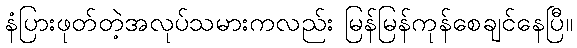
နံပြားဖုတ်တဲ့အလုပ်သမားကလည်း မြန်မြန်ကုန်စေချင်နေပြီ။